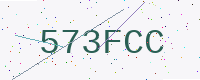
Text: 573FCC